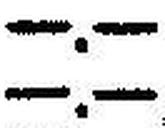
—.—